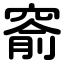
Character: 窬